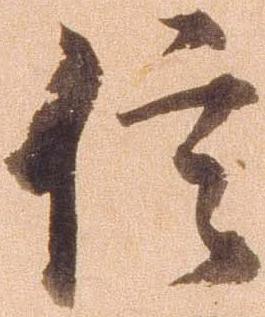
信